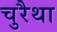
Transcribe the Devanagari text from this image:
चुरैथा